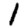
Digit: 1